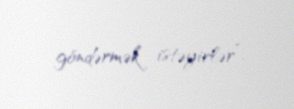
göndərmək istəyirlər”.